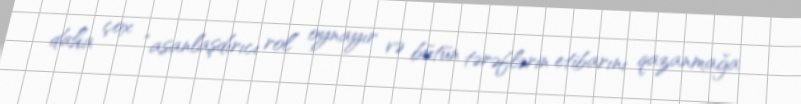
daha çox “asanlaşdırıcı rol” oynayır və bütün tərəflərin etibarını qazanmağa